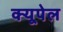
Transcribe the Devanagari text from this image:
क्यूपेल